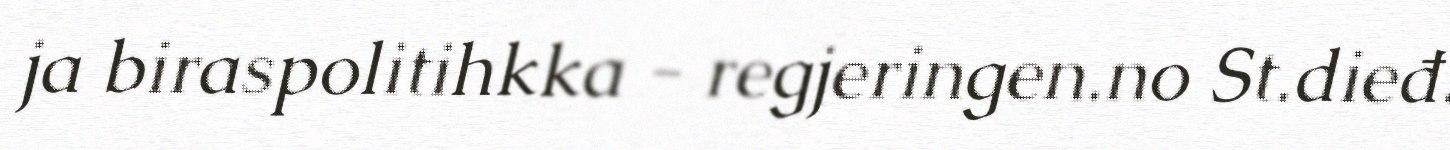
ja biraspolitihkka - regjeringen.no St.dieđ.